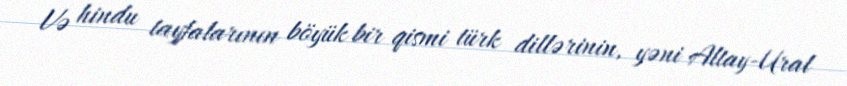
Və hindu tayfalarının böyük bir qismi türk dillərinin, yəni Altay-Ural